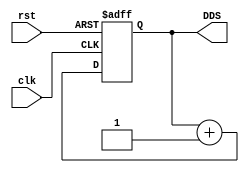
module DDS (
    input clk, rst,
    output [7:0] DDS
);
reg [7:0] address = 0;
    always @(posedge clk, posedge rst) begin
        if(rst)
            address = 8'b0;
        else begin
            address = address + 1;
        end

    end
    assign DDS = address;
endmodule